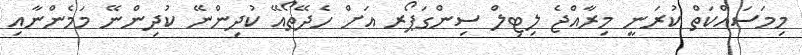
މިމަސައްކަތް ކުރަނީ މިރާއްޖެ ލިޓިލް ސިންގަޕޯރ އަށް ހެދޭތޯއޭ ކުދިންނޭ ކުދިންނޭ މަމެންނާއި